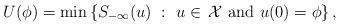
LaTeX: \begin{align*}U(\phi)=\min\left\{S_{-\infty}(u)\ :\ u \in\,\mathcal{X} \mbox{ and } {u(0)=\phi} \right\},\end{align*}